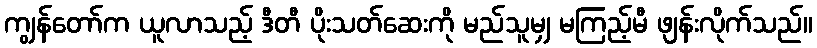
ကျွန်တော်က ယူလာသည့် ဒီတီ ပိုးသတ်ဆေးကို မည်သူမျှ မကြည့်မီ ဖျန်းလိုက်သည်။